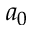
a _ { 0 }